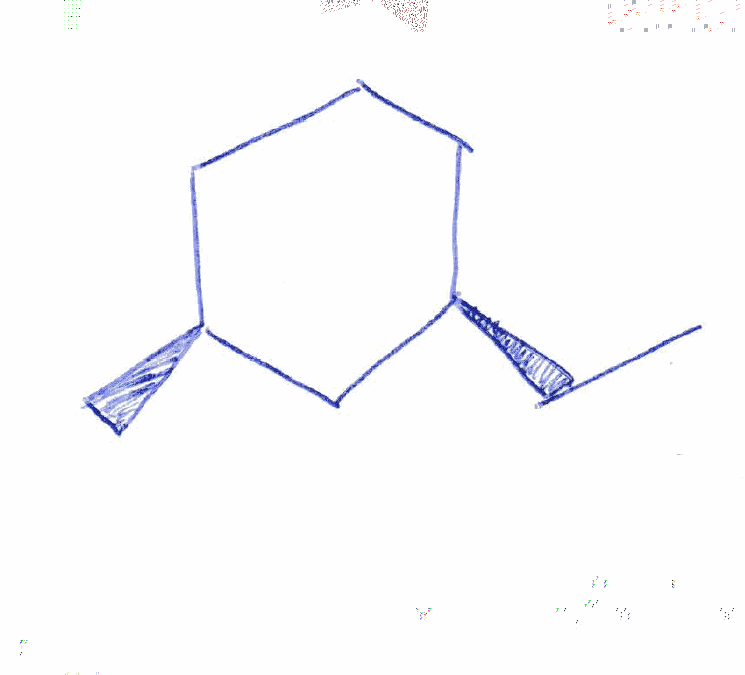
Simplified molecular-input line-entry system (SMILES) notation of the given molecule:
CC[C@@H]1CCC[C@@H](C1)C